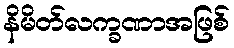
နိမိတ်လက္ခဏာအဖြစ်